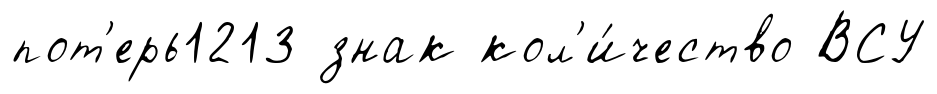
пот'ерь1213 знак кол'и́чество ВСУ